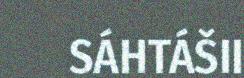
SÁHTÁŠII